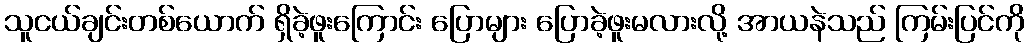
သူငယ်ချင်းတစ်ယောက် ရှိခဲ့ဖူးကြောင်း ပြောများ ပြောခဲ့ဖူးမလားလို့ အာယနဲသည် ကြမ်းပြင်ကို